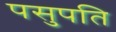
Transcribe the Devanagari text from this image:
पसुपति